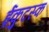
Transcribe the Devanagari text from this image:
ईकुटस्क